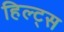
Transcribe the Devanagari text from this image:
हिल्ट्स